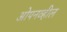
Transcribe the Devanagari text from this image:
ओपनव्हील